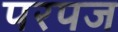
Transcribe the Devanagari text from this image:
परपज